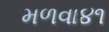
મળવા૪૧